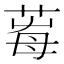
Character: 𦱞